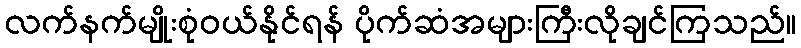
လက်နက်မျိုးစုံဝယ်နိုင်ရန် ပိုက်ဆံအများကြီးလိုချင်ကြသည်။